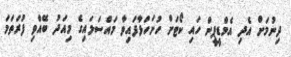
ދިނުމަށް އެދި އެމްޑީޕީން ހައި ކޯޓަށް ހުށަހަޅާފައިވާ މައްސަލައިގެ މިއަދު ބޭއްވި ފުރަތަމަ